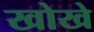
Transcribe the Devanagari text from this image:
खोखे